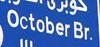
october